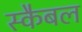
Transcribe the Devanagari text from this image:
स्कैबल